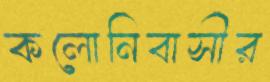
কলোনিবাসীর